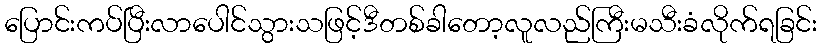
ပြောင်းကပ်ပြီးလာပေါင်သွားသဖြင့်ဒီတစ်ခါတော့လူလည်ကြီးမသီးခံလိုက်ရခြင်း